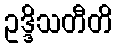
ဥဒ္ဒိသတီတိ